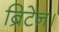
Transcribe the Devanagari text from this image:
ब्रिटेन।